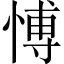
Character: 愽